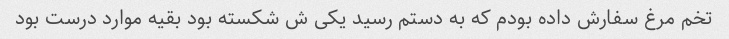
تخم مرغ سفارش داده بودم که به دستم رسید یکی ش شکسته بود بقیه موارد درست بود